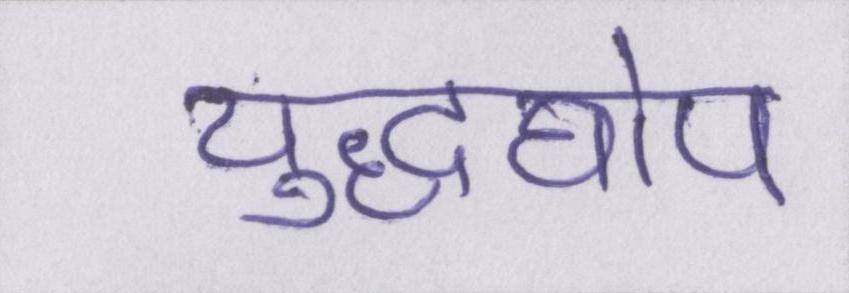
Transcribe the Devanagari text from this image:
युद्धघोष